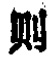
则